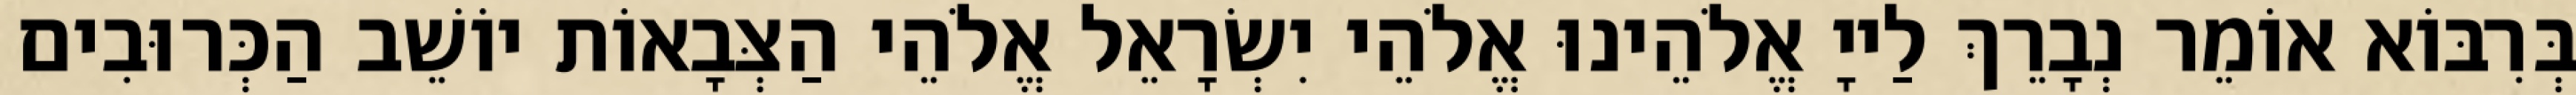
בְּרִבּוֹא אוֹמֵר נְבָרֵךְ לַייָ אֱלֹהֵינוּ אֱלֹהֵי יִשְׂרָאֵל אֱלֹהֵי הַצְּבָאוֹת יוֹשֵׁב הַכְּרוּבִים